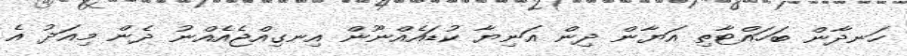
ހަނދާން ބަހައްޓާތި އަޔާން ދިން އަނިޔާ ކުޑައެއްނޫން އިނގިއްޖެއެއްނު ދެން މިއަދު އެ